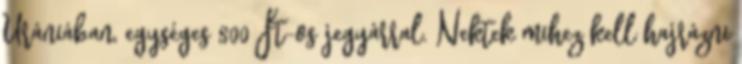
Urániában, egységes 800 Ft-os jegyárral. Nektek mihez kell hajrázni